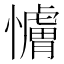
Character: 𫻖